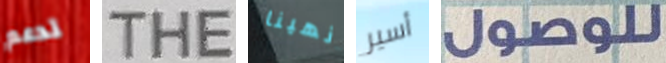
تدعم THE انهينا أسير للوصول